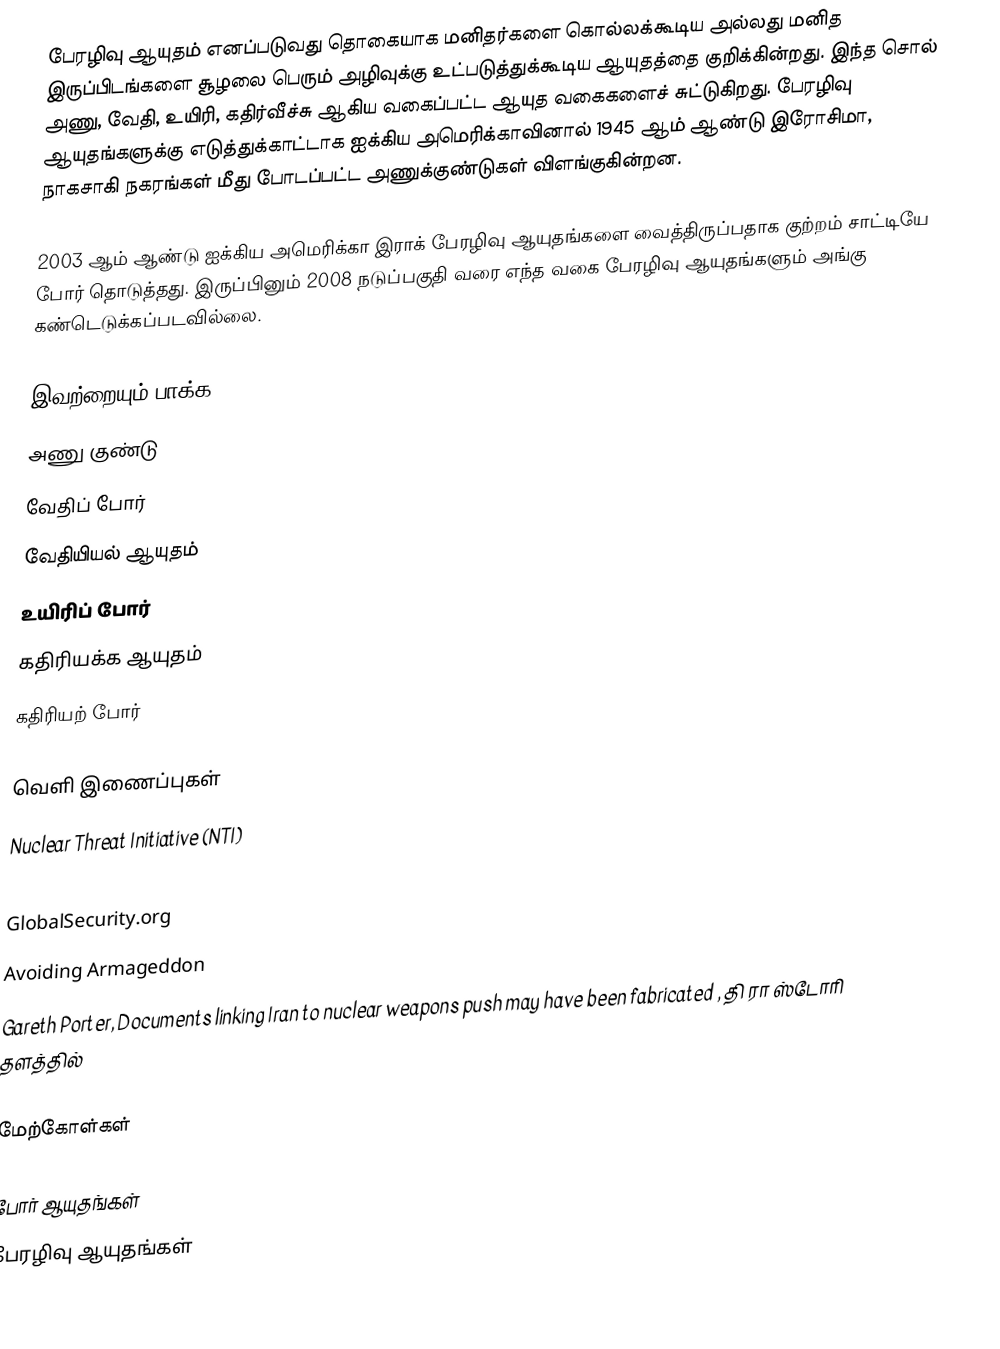
பேரழிவு ஆயுதம் எனப்படுவது தொகையாக மனிதர்களை கொல்லக்கூடிய அல்லது மனித இருப்பிடங்களை சூழலை பெரும் அழிவுக்கு உட்படுத்துக்கூடிய ஆயுதத்தை குறிக்கின்றது. இந்த சொல் அணு, வேதி, உயிரி, கதிர்வீச்சு ஆகிய வகைப்பட்ட ஆயுத வகைகளைச் சுட்டுகிறது. பேரழிவு ஆயுதங்களுக்கு எடுத்துக்காட்டாக ஐக்கிய அமெரிக்காவினால் 1945 ஆம் ஆண்டு இரோசிமா, நாகசாகி நகரங்கள் மீது போடப்பட்ட அணுக்குண்டுகள் விளங்குகின்றன.

2003 ஆம் ஆண்டு ஐக்கிய அமெரிக்கா இராக் பேரழிவு ஆயுதங்களை வைத்திருப்பதாக குற்றம் சாட்டியே போர் தொடுத்தது. இருப்பினும் 2008 நடுப்பகுதி வரை எந்த வகை பேரழிவு ஆயுதங்களும் அங்கு கண்டெடுக்கப்படவில்லை.

இவற்றையும் பாக்க
 அணு குண்டு
 வேதிப் போர்
 வேதியியல் ஆயுதம்
 உயிரிப் போர்
 கதிரியக்க ஆயுதம்
 கதிரியற் போர்

வெளி இணைப்புகள்
 Nuclear Threat Initiative (NTI)
 Carnegie Endowment for International Peace
 GlobalSecurity.org
 Avoiding Armageddon
 Gareth Porter, Documents linking Iran to nuclear weapons push may have been fabricated , தி ரா ஸ்டோரி தளத்தில்

மேற்கோள்கள்

போர் ஆயுதங்கள்
பேரழிவு ஆயுதங்கள்